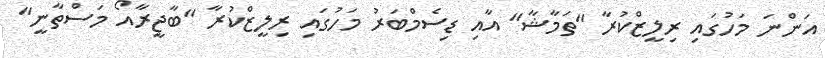
އަންނަ މަހުގައި ރިލީޒްކުރާ "ތަމާޝާ" އާއި ޑިސެމްބަރު މަހުގައި ރިލީޒްކުރާ "ބާޖީރާއޯ މަސްތާނީ"